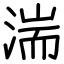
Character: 湍